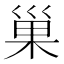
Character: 巢